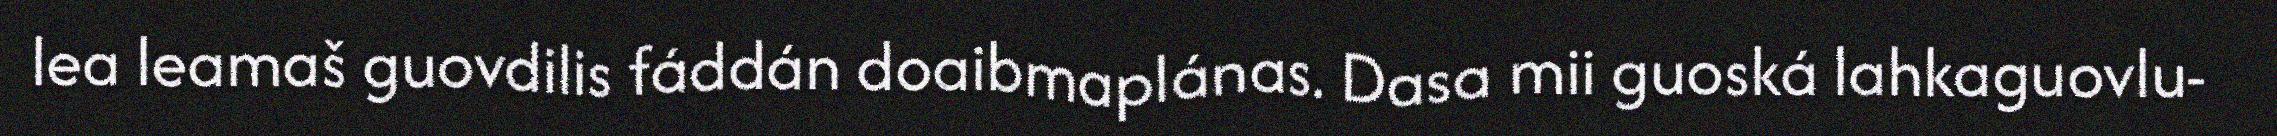
lea leamaš guovdilis fáddán doaibmaplánas. Dasa mii guoská lahkaguovlu-